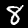
Label: 8